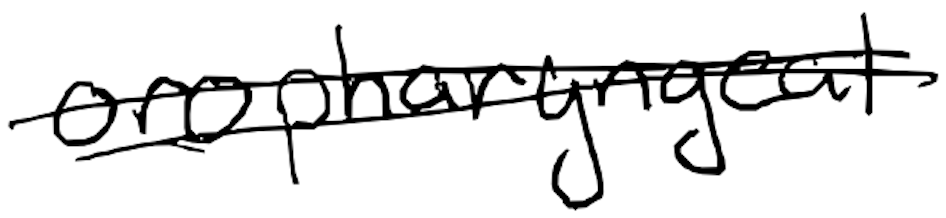
Text: oropharyngeal
Cross-out: double-line
Writing tool: digital_black